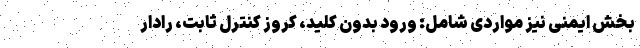
بخش ایمنی نیز مواردی شامل: ورود بدون کلید، کروز کنترل ثابت، رادار